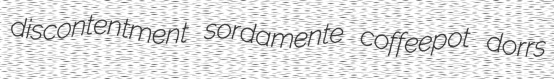
discontentment sordamente coffeepot dorrs